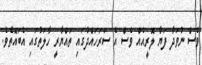
ވެސް ނުވަދާ ފަޔާ ލޮރީއެއް ވެސް އެ ސަރަހައްދުގައި ތައްޔާރީ ހާލަތުގައި އެބައޮތެވެ.